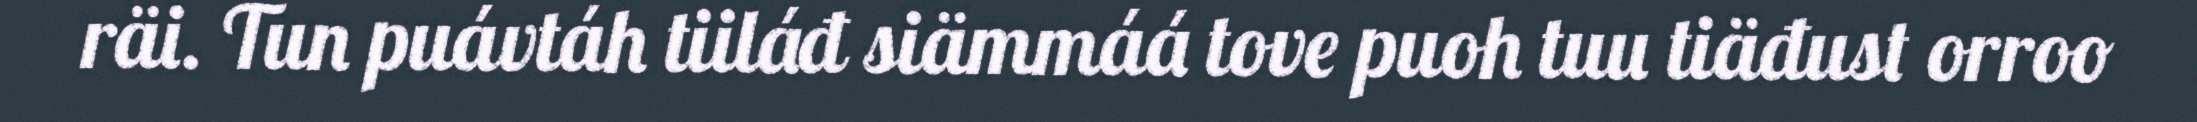
räi. Tun puávtáh tiiláđ siämmáá tove puoh tuu tiäđust orroo